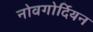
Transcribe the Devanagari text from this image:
नोवगोर्दियन